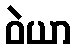
ဝဲယာ